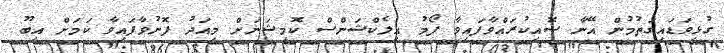
ގުޅިވަޑައިގަތުމުން އޭނާ ސޮއިކުރައްވާފައިވާ ފޯމު އިލެކްޝަންސް ކޮމިޝަނަށް މިއަދު ފޮނުވާފައިވާ ކަމަށް އިބޫ